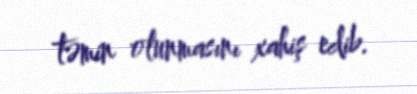
təmin olunmasını xahiş edib.